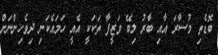
ބޮޑެތި މުސާރަ އާއި ބާރު ލިބޭ ވަޒީފާ ތަކަކީ އެއީ ހަމައެކަނި ދިވެހިންނަށް